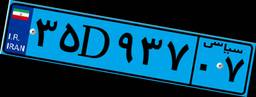
۳۵D۹۳۷۰۷